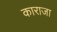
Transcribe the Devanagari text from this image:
काराजा